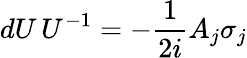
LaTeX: dU\, U^{-1}=-{\frac{1}{2i}}A_{j}\sigma_{j}